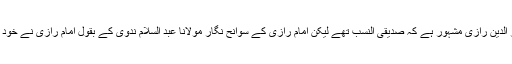
مشہور متکلم مزاج مفسر قرآن امام فخر الدین رازی مشہور ہے کہ صدیقی النسب تھے لیکن امام رازی کے سوانح نگار مولانا عبد السلام ندوی کے بقول امام رازی نے خود تصریح کی ہے کہ وہ نسباً فاروقی ہیں۔